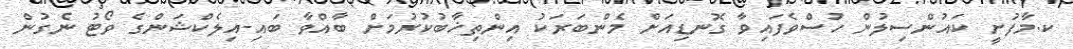
ކ.މާފުށީ ކައުންސިލުން ހުސްވެފައިވާ ގޮނޑިއަށް މެންބަރަކު އިންތިޚާބުކުރުމަށް ބާއްވާ ބައި-އިލެކްޝަންގެ ވޯޓު ނެގުން